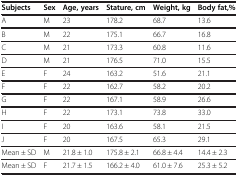
<table><thead><tr><td><b>Subjects</b></td><td><b>Sex</b></td><td><b>Age, years</b></td><td><b>Stature, cm</b></td><td><b>Weight, kg</b></td><td><b>Body fat,%</b></td></tr></thead><tbody><tr><td>A</td><td>M</td><td>23</td><td>178.2</td><td>68.7</td><td>13.6</td></tr><tr><td>B</td><td>M</td><td>22</td><td>175.1</td><td>66.7</td><td>16.8</td></tr><tr><td>C</td><td>M</td><td>21</td><td>173.3</td><td>60.8</td><td>11.6</td></tr><tr><td>D</td><td>M</td><td>21</td><td>176.5</td><td>71.0</td><td>15.5</td></tr><tr><td>E</td><td>F</td><td>24</td><td>163.2</td><td>51.6</td><td>21.1</td></tr><tr><td>F</td><td>F</td><td>22</td><td>162.7</td><td>58.2</td><td>20.2</td></tr><tr><td>G</td><td>F</td><td>22</td><td>167.1</td><td>58.9</td><td>26.6</td></tr><tr><td>H</td><td>F</td><td>22</td><td>173.1</td><td>73.8</td><td>33.0</td></tr><tr><td>I</td><td>F</td><td>20</td><td>163.6</td><td>58.1</td><td>21.5</td></tr><tr><td>J</td><td>F</td><td>20</td><td>167.5</td><td>65.3</td><td>29.1</td></tr><tr><td>Mean ± SD</td><td>M</td><td>21.8 ± 1.0</td><td>175.8 ± 2.1</td><td>66.8 ± 4.4</td><td>14.4 ± 2.3</td></tr><tr><td>Mean ± SD</td><td>F</td><td>21.7 ± 1.5</td><td>166.2 ± 4.0</td><td>61.0 ± 7.6</td><td>25.3 ± 5.2</td></tr></tbody></table>